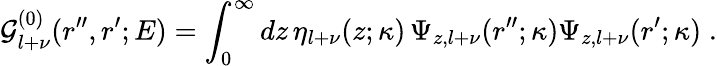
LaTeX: {\mathcal G}_{l+\nu}^{(0)}(r^{\prime\prime},r^{\prime};E)=\int_{0}^{\infty}dz\, \eta_{l+\nu}(z;\kappa)\, \Psi_{z,l+\nu}(r^{\prime\prime};\kappa)\Psi_{z,l+\nu}(r^{\prime};\kappa)\; .